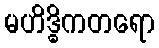
မဟိဒ္ဓိကတရော